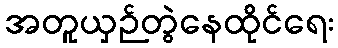
အတူယှဉ်တွဲနေထိုင်ရေး